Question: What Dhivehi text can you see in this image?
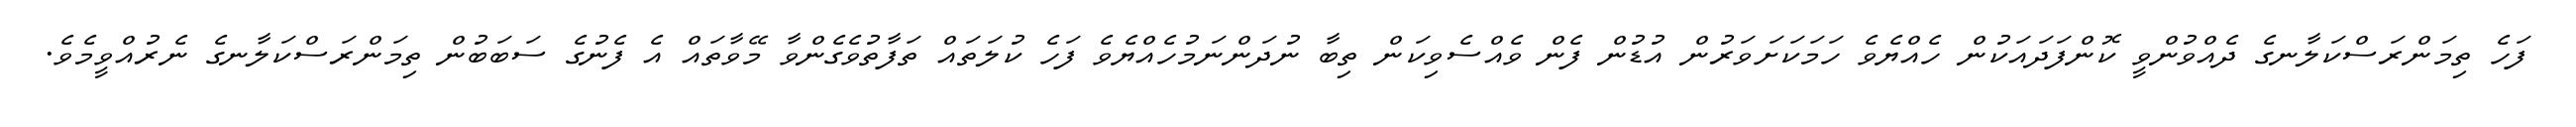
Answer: ފަހެ ތިމަންރަސްކަލާނގެ ދެއްވުންވީ ކޮންފަދައަކުން ހެއްޔެވެ ހަމަކަށަވަރުން އުޑުން ފެން ވެއްސެވިކަން ތިބާ ނުދަންނަމުހެއްޔެވެ ފަހެ ކުލަތައް ތަފާތުވެގެންވާ މޭވާތައް އެ ފެނުގެ ސަބަބުން ތިމަންރަސްކަލާނގެ ނެރުއްވީމެވެ.